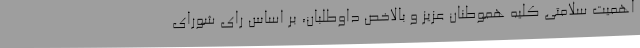
اهمیت سلامتی کلیه هموطنان عزیز و بالاخص داوطلبان، بر اساس رای شورای